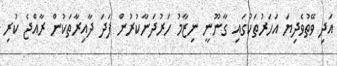
އަދި ވޭތުވެދިޔަ އަހަރުތަކުގައި ގާނޫނީ ނިޒާމު ހަރުދަނާކުރުން ފަދަ ދާއިރާތަކުން ރާއްޖެ ކުރި